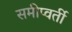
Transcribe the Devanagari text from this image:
समीप्वर्ती